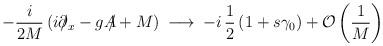
LaTeX: \begin{align*}- \frac{i}{2M} \left ( i \partial \hspace{-6pt}/_x - g {A \hspace{-6pt}/} + M \right ) \> \longrightarrow \> - i \, \frac{1}{2} \left ( 1 + s \gamma_0 \right )+ {\cal O} \left ( \frac{1}{M} \right )\end{align*}